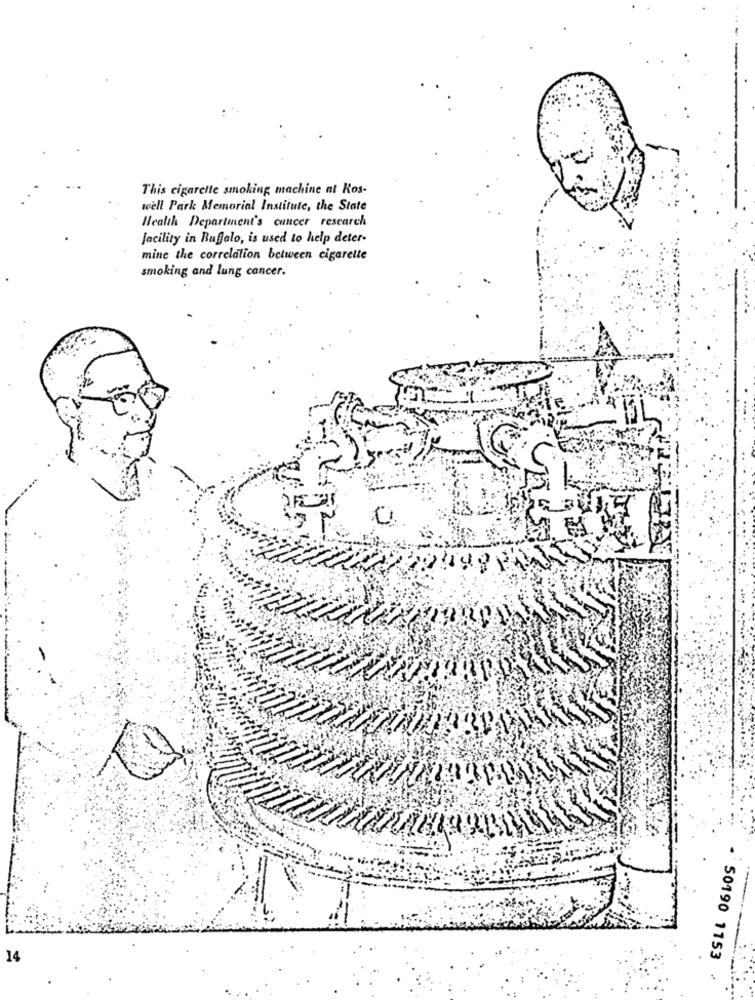
This cigarette smoking machine at Kos-
well Park Memorial Institute, the State
Health Department's cancer research
facility in Buffalo, is used to help deter-
mine the correlation between cigarette
smoking and lung cancer.
14
50190 1153